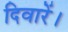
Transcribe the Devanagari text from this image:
दिवारें।